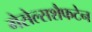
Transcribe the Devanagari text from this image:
गेसेल्सशैफटेन